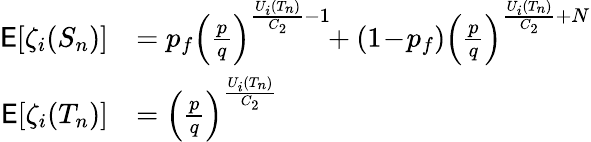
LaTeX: \begin{array}{rl}{\mathsf{E}[\zeta_{i}(S_{n})]}&{=p_{f}\left(\frac{p}{q}\right)^{\frac{U_{i}(T_{n})}{C_{2}}-1}\! \! +(1\! -\! p_{f})\left(\frac{p}{q}\right)^{\frac{U_{i}(T_{n})}{C_{2}}+N}}\\ {\mathsf{E}[\zeta_{i}(T_{n})]}&{=\left(\frac{p}{q}\right)^{\frac{U_{i}(T_{n})}{C_{2}}}}\end{array}